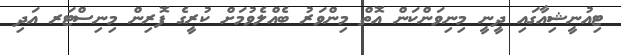
ޓިއުނީޝިއާގައި ދީނީ މިނިވަންކަން އޮތް މިިންވަރު ބެއްލެވުމަށް ކުރީގެ ފޮރިން މިނިސްޓަރ އަދި